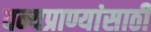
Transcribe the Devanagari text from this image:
वन्यप्राण्यांसाठी